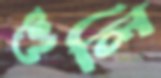
শুলি